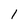
Character: 1